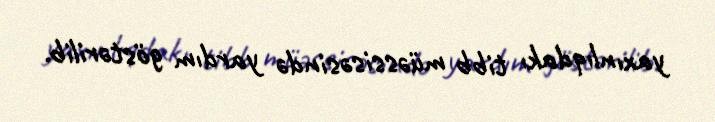
yaxınlıqdakı tibb müəssisəsində yardım göstərilib.